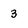
Character: 3